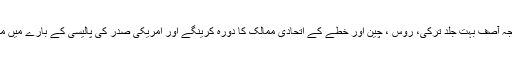
وزیر خارجہ خواجہ آصف بہت جلد ترکی، روس ، چین اور خطے کے اتحادی ممالک کا دورہ کرینگے اور امریکی صدر کی پالیسی کے بارے میں مزاکرات کرینگے۔